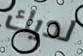
لديك